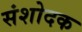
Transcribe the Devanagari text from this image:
संशोदक